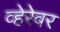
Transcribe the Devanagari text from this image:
व्हेरेवर